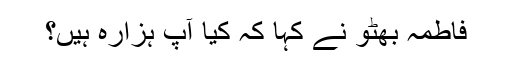
فاطمہ بھٹو نے کہا کہ کیا آپ ہزارہ ہیں؟